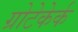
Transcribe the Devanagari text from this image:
ग्रोटेकेर्क